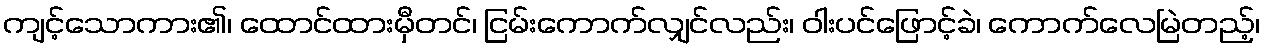
ကျင့်သောကား၏၊ ထောင်ထားမှီတင်၊ ငြမ်းကောက်လျှင်လည်း၊ ဝါးပင်ဖြောင့်ခဲ၊ ကောက်လေမြဲတည့်၊